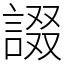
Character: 諁